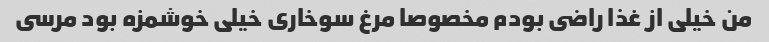
من خیلى از غذا راضى بودم مخصوصا مرغ سوخارى خیلى خوشمزه بود مرسى